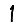
Digit: 1